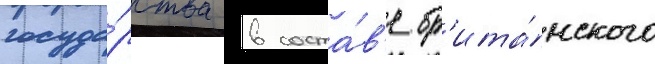
госуда́рства в соста́в'е бр'ита́нского